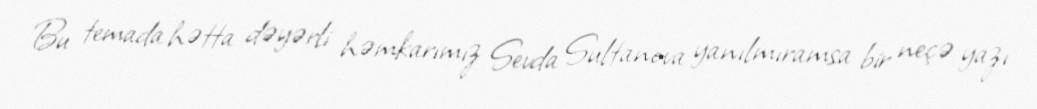
Bu temada hətta dəyərli həmkarımız Sevda Sultanova yanılmıramsa bir neçə yazı